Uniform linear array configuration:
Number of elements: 24
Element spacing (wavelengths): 0.75
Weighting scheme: hann
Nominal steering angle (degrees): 15
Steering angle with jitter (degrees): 16.805
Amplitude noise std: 0.05
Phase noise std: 0.05

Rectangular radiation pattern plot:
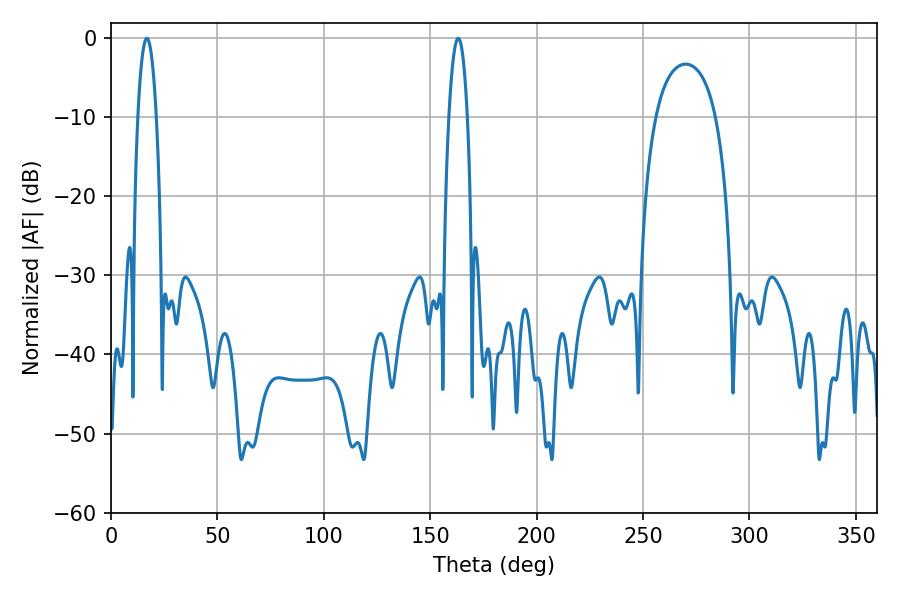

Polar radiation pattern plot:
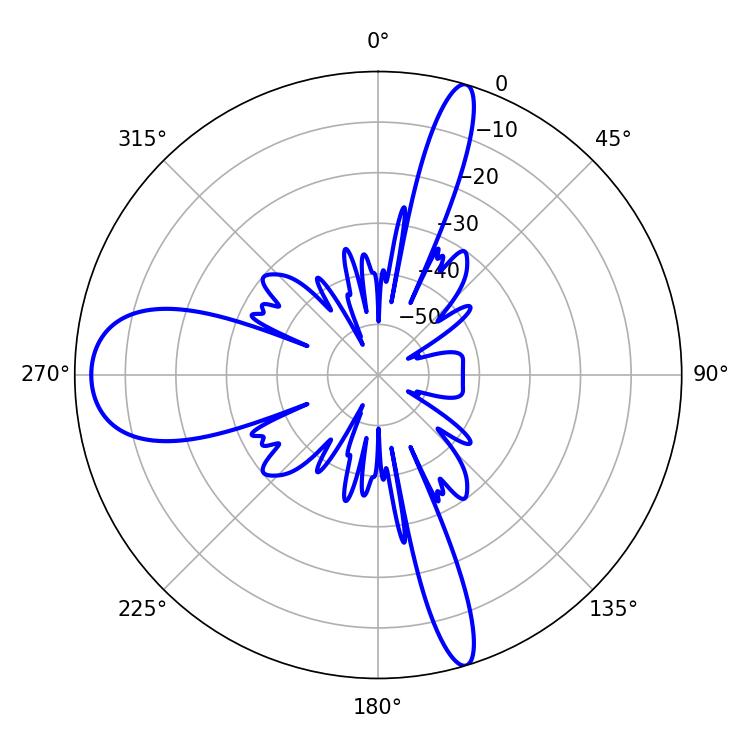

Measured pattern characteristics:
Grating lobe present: TRUE
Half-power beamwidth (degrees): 4.86
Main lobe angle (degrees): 16.92